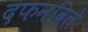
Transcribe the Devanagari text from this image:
दफनविले